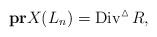
LaTeX: \begin{align*}\bold{pr}X(L_n)=\operatorname{Div}^{\vartriangle}R,\end{align*}